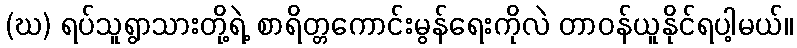
(ဃ) ရပ်သူရွာသားတို့ရဲ့ စာရိတ္တကောင်းမွန်ရေးကိုလဲ တာဝန်ယူနိုင်ရပါ့မယ်။